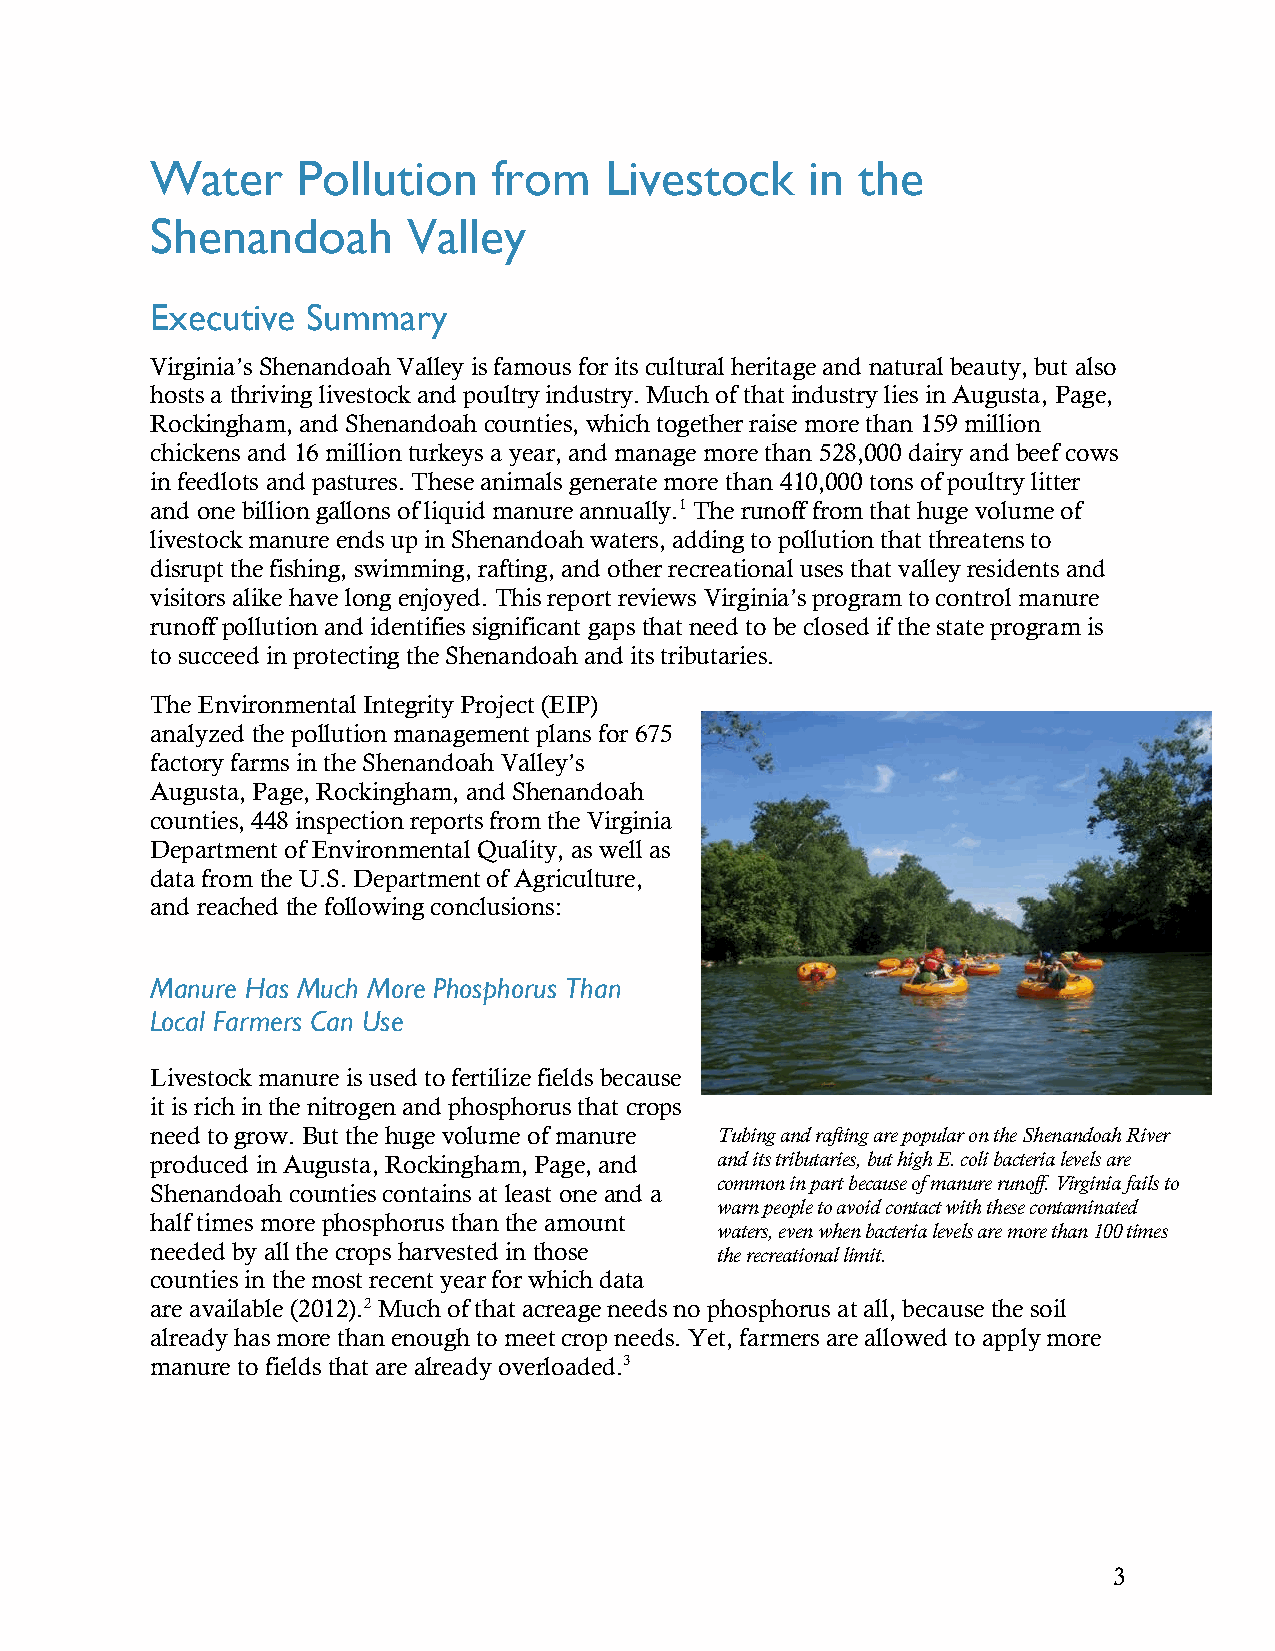
Water     Pollution    from   Livestock     in the
 Shenandoah       Valley
 Executive Summary
 Virginia’s Shenandoah Valley is famous for its cultural heritage and natural beauty, but also
 hosts a thriving livestock and poultry industry. Much of that industry lies in Augusta, Page,
 Rockingham, and Shenandoah counties, which together raise more than 159 million
 chickens and 16 million turkeys a year, and manage more than 528,000 dairy and beef cows
 in feedlots and pastures. These animals generate more than 410,000 tons of poultry litter
 and one billion gallons of liquid manure annually.1 The runoff from that huge volume of
 livestock manure ends up in Shenandoah waters, adding to pollution that threatens to
 disrupt the fishing, swimming, rafting, and other recreational uses that valley residents and
 visitors alike have long enjoyed. This report reviews Virginia’s program to control manure
 runoff pollution and identifies significant gaps that need to be closed if the state program is
 to succeed in protecting the Shenandoah and its tributaries.
 The Environmental Integrity Project (EIP)
 analyzed the pollution management plans for 675
 factory farms in the Shenandoah Valley’s
 Augusta, Page, Rockingham, and Shenandoah
 counties, 448 inspection reports from the Virginia
 Department of Environmental Quality, as well as
 data from the U.S. Department of Agriculture,
 and reached the following conclusions:
 Manure Has Much More Phosphorus Than
 Local Farmers Can Use
 Livestock manure is used to fertilize fields because
 it is rich in the nitrogen and phosphorus that crops
 need to grow. But the huge volume of manure Tubing and rafting are popular on the Shenandoah River
 produced in Augusta, Rockingham, Page, and and its tributaries, but high E. coli bacteria levels are
 common in part because of manure runoff. Virginia fails to
 Shenandoah counties contains at least one and a
 warn people to avoid contact with these contaminated
 half times more phosphorus than the amount
 waters, even when bacteria levels are more than 100 times
 needed by all the crops harvested in those the recreational limit.
 counties in the most recent year for which data
 are available (2012).2 Much of that acreage needs no phosphorus at all, because the soil
 already has more than enough to meet crop needs. Yet, farmers are allowed to apply more
 manure to fields that are already overloaded.3
 3